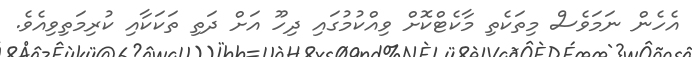
އެހެން ނަމަވެސް މިތަކެތި މާކެޓްކޮށް ވިއްކުމުގައި ދިހޫ އަށް ދަތި ތަކަކާއި ކުރިމަތިވިއެވެ.